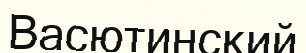
Васютинский